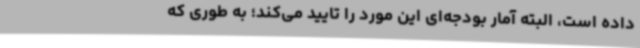
داده است، البته آمار بودجه‌ای این مورد را تایید می‌کند؛ به طوری که